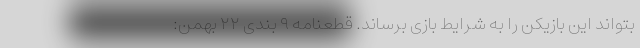
بتواند این بازیکن را به شرایط بازی برساند. قطعنامه ۹ بندی ۲۲ بهمن: